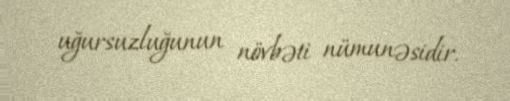
uğursuzluğunun növbəti nümunəsidir.